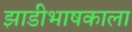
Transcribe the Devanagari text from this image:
झाडीभाषकाला